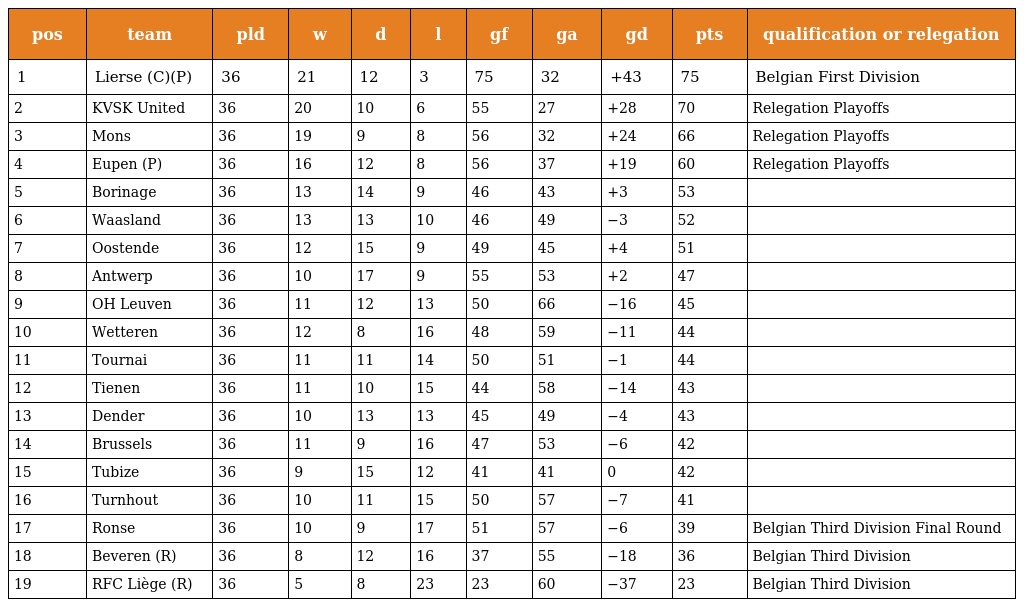
| pos | team | pld | w | d | l | gf | ga | gd | pts | qualification or relegation |
 | --- | --- | --- | --- | --- | --- | --- | --- | --- | --- | --- |
 | 1 | Lierse (C)(P) | 36 | 21 | 12 | 3 | 75 | 32 | +43 | 75 | Belgian First Division |
 | 2 | KVSK United | 36 | 20 | 10 | 6 | 55 | 27 | +28 | 70 | Relegation Playoffs |
 | 3 | Mons | 36 | 19 | 9 | 8 | 56 | 32 | +24 | 66 | Relegation Playoffs |
 | 4 | Eupen (P) | 36 | 16 | 12 | 8 | 56 | 37 | +19 | 60 | Relegation Playoffs |
 | 5 | Borinage | 36 | 13 | 14 | 9 | 46 | 43 | +3 | 53 |  |
 | 6 | Waasland | 36 | 13 | 13 | 10 | 46 | 49 | −3 | 52 |  |
 | 7 | Oostende | 36 | 12 | 15 | 9 | 49 | 45 | +4 | 51 |  |
 | 8 | Antwerp | 36 | 10 | 17 | 9 | 55 | 53 | +2 | 47 |  |
 | 9 | OH Leuven | 36 | 11 | 12 | 13 | 50 | 66 | −16 | 45 |  |
 | 10 | Wetteren | 36 | 12 | 8 | 16 | 48 | 59 | −11 | 44 |  |
 | 11 | Tournai | 36 | 11 | 11 | 14 | 50 | 51 | −1 | 44 |  |
 | 12 | Tienen | 36 | 11 | 10 | 15 | 44 | 58 | −14 | 43 |  |
 | 13 | Dender | 36 | 10 | 13 | 13 | 45 | 49 | −4 | 43 |  |
 | 14 | Brussels | 36 | 11 | 9 | 16 | 47 | 53 | −6 | 42 |  |
 | 15 | Tubize | 36 | 9 | 15 | 12 | 41 | 41 | 0 | 42 |  |
 | 16 | Turnhout | 36 | 10 | 11 | 15 | 50 | 57 | −7 | 41 |  |
 | 17 | Ronse | 36 | 10 | 9 | 17 | 51 | 57 | −6 | 39 | Belgian Third Division Final Round |
 | 18 | Beveren (R) | 36 | 8 | 12 | 16 | 37 | 55 | −18 | 36 | Belgian Third Division |
 | 19 | RFC Liège (R) | 36 | 5 | 8 | 23 | 23 | 60 | −37 | 23 | Belgian Third Division |